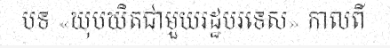
បទ «ឃុបឃិតជាមួយរដ្ឋបរទេស» កាលពី